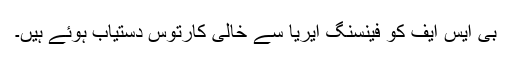
بی ایس ایف کو فینسنگ ایریا سے خالی کارتوس دستیاب ہوئے ہیں۔